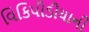
વિકિપીડીયાની